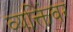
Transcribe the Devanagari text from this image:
व्यक्तिंवर